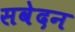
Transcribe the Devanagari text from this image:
सवेदन